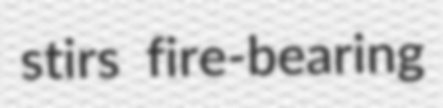
stirs fire-bearing